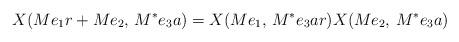
LaTeX: \begin{align*} X(Me_1r+Me_2,\,M^*e_3a)=X(Me_1,\,M^*e_3ar)X(Me_2,\,M^*e_3a)\, \end{align*}